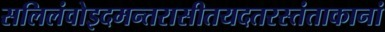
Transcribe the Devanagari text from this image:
सलिलंवोइदमन्तरासीतयदतरस्तंताकानां